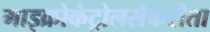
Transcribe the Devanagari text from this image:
माइक्रोकंट्रोलर्सकरीता